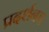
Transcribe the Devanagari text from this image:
प्रदर्शनच